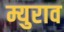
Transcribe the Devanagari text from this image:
म्युराव